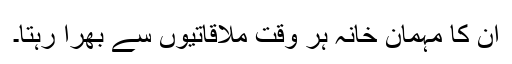
ان کا مہمان خانہ ہر وقت ملاقاتیوں سے بھرا رہتا۔